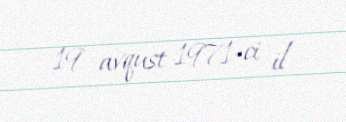
19 avqust 1971-ci il